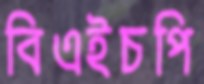
বিএইচপি